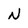
Character: N